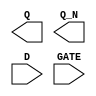
module sky130_fd_sc_ls__dlxbp (
    Q   ,
    Q_N ,
    D   ,
    GATE
);

    output Q   ;
    output Q_N ;
    input  D   ;
    input  GATE;

    // Voltage supply signals
    supply1 VPWR;
    supply0 VGND;
    supply1 VPB ;
    supply0 VNB ;

endmodule